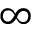
\infty